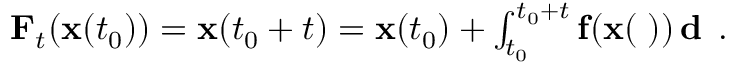
\begin{array} { r } { { \bf F } _ { t } ( { \bf x } ( t _ { 0 } ) ) = { \bf x } ( t _ { 0 } + t ) = { \bf x } ( t _ { 0 } ) + \int _ { t _ { 0 } } ^ { t _ { 0 } + t } \bf { f } ( { \bf x } ( \tau ) ) \, d \tau \, . } \end{array}